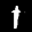
Label: 1